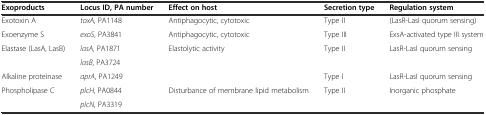
<table><thead><tr><td><b>Exoproducts</b></td><td><b>Locus ID, PA number</b></td><td><b>Effect on host</b></td><td><b>Secretion type</b></td><td><b>Regulation system</b></td></tr></thead><tbody><tr><td>Exotoxin A</td><td><i>toxA</i>, PA1148</td><td>Antiphagocytic, cytotoxic</td><td>Type II</td><td>(LasR-LasI quorum sensing)</td></tr><tr><td>Exoenzyme S</td><td><i>exoS</i>, PA3841</td><td>Antiphagocytic, cytotoxic</td><td>Type III</td><td>ExsA-activated type III system</td></tr><tr><td rowspan="2">Elastase (LasA, LasB)</td><td><i>lasA</i>, PA1871</td><td rowspan="2">Elastolytic activity</td><td rowspan="2">Type II</td><td rowspan="2">LasR-LasI quorum sensing</td></tr><tr><td><i>lasB</i>, PA3724</td></tr><tr><td>Alkaline proteinase</td><td><i>aprA</i>, PA1249</td><td></td><td>Type I</td><td>LasR-LasI quorum sensing</td></tr><tr><td>Phospholipase C</td><td><i>plcH</i>, PA0844</td><td>Disturbance of membrane lipid metabolism</td><td>Type II</td><td>Inorganic phosphate</td></tr><tr><td></td><td><i>plcN</i>, PA3319</td><td></td><td></td><td></td></tr></tbody></table>